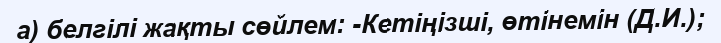
а) белгiлi жақты сөйлем: -Кетiңiзшi, өтiнемiн (Д.И.);